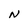
Character: N